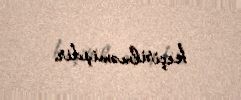
keçirilməmişdir.